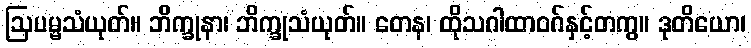
ဩပမ္မသံယုတ်။ ဘိက္ခုနာ၊ ဘိက္ခုသံယုတ်။ တေန၊ ထိုသဂါထာဝဂ်နှင့်တကွ။ ဒုတိယော၊